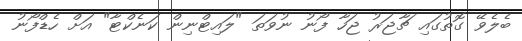
ބެލެވޭ ގޮތުގައި ޗާޖަރު ޖަހާ ފޯނު ނުވަތަ "ލައިޓްނިން ކަނެކްޓާ" އަށް ހެޑްފޯނު